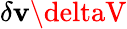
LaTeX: \delta\mathbf{v}\deltaV